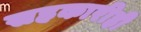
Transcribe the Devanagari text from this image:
सहकारीही